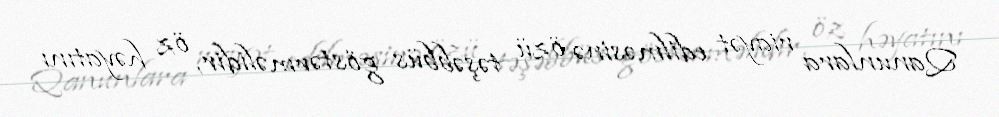
Qanunlara riayət edilməsinə özü təşəbbüs göstərməlidir, öz həyatını